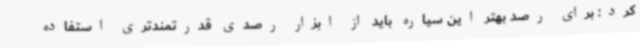
کرد: برای رصد بهتر این سیاره باید از ابزار رصدی قدرتمندتری استفاده